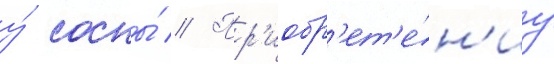
у́ сосны́ // Пр'иобр'ет'е́н'иу